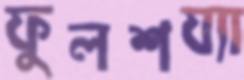
ফুলশয্যা